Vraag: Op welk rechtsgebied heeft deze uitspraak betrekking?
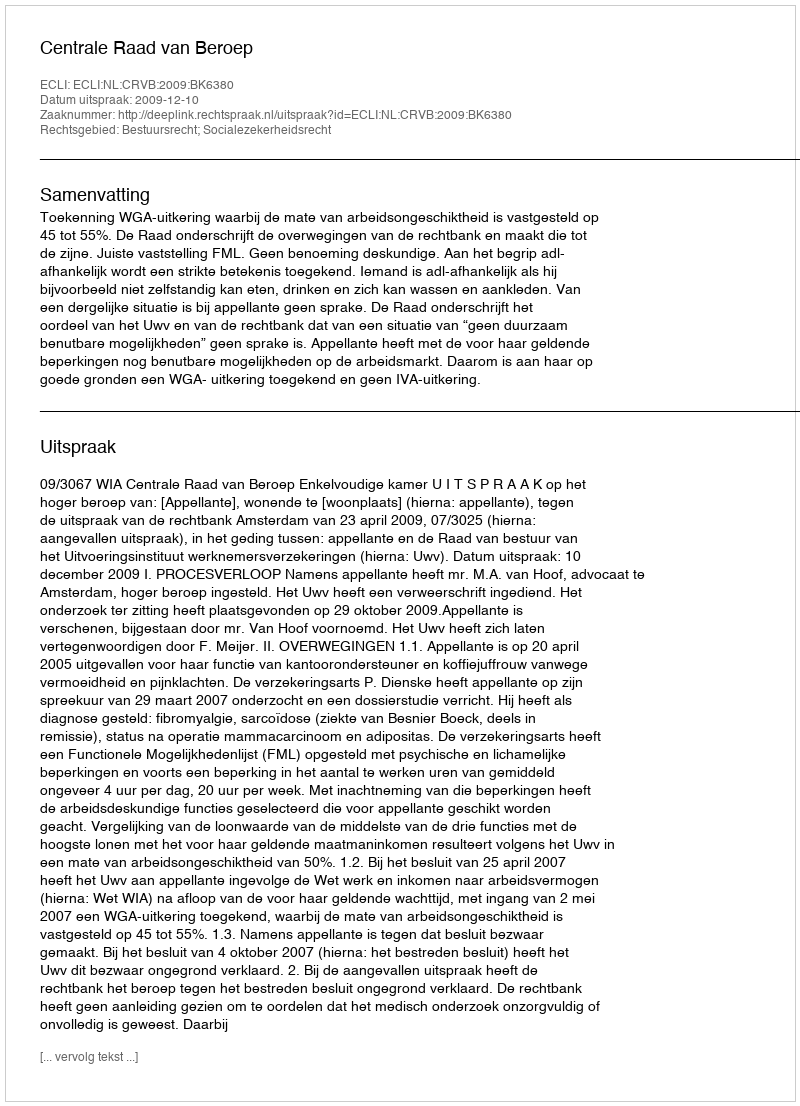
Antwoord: Bestuursrecht; Socialezekerheidsrecht